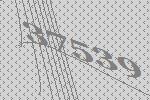
37539